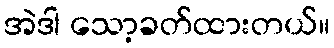
အဲဒါ သော့ခတ်ထားတယ်။